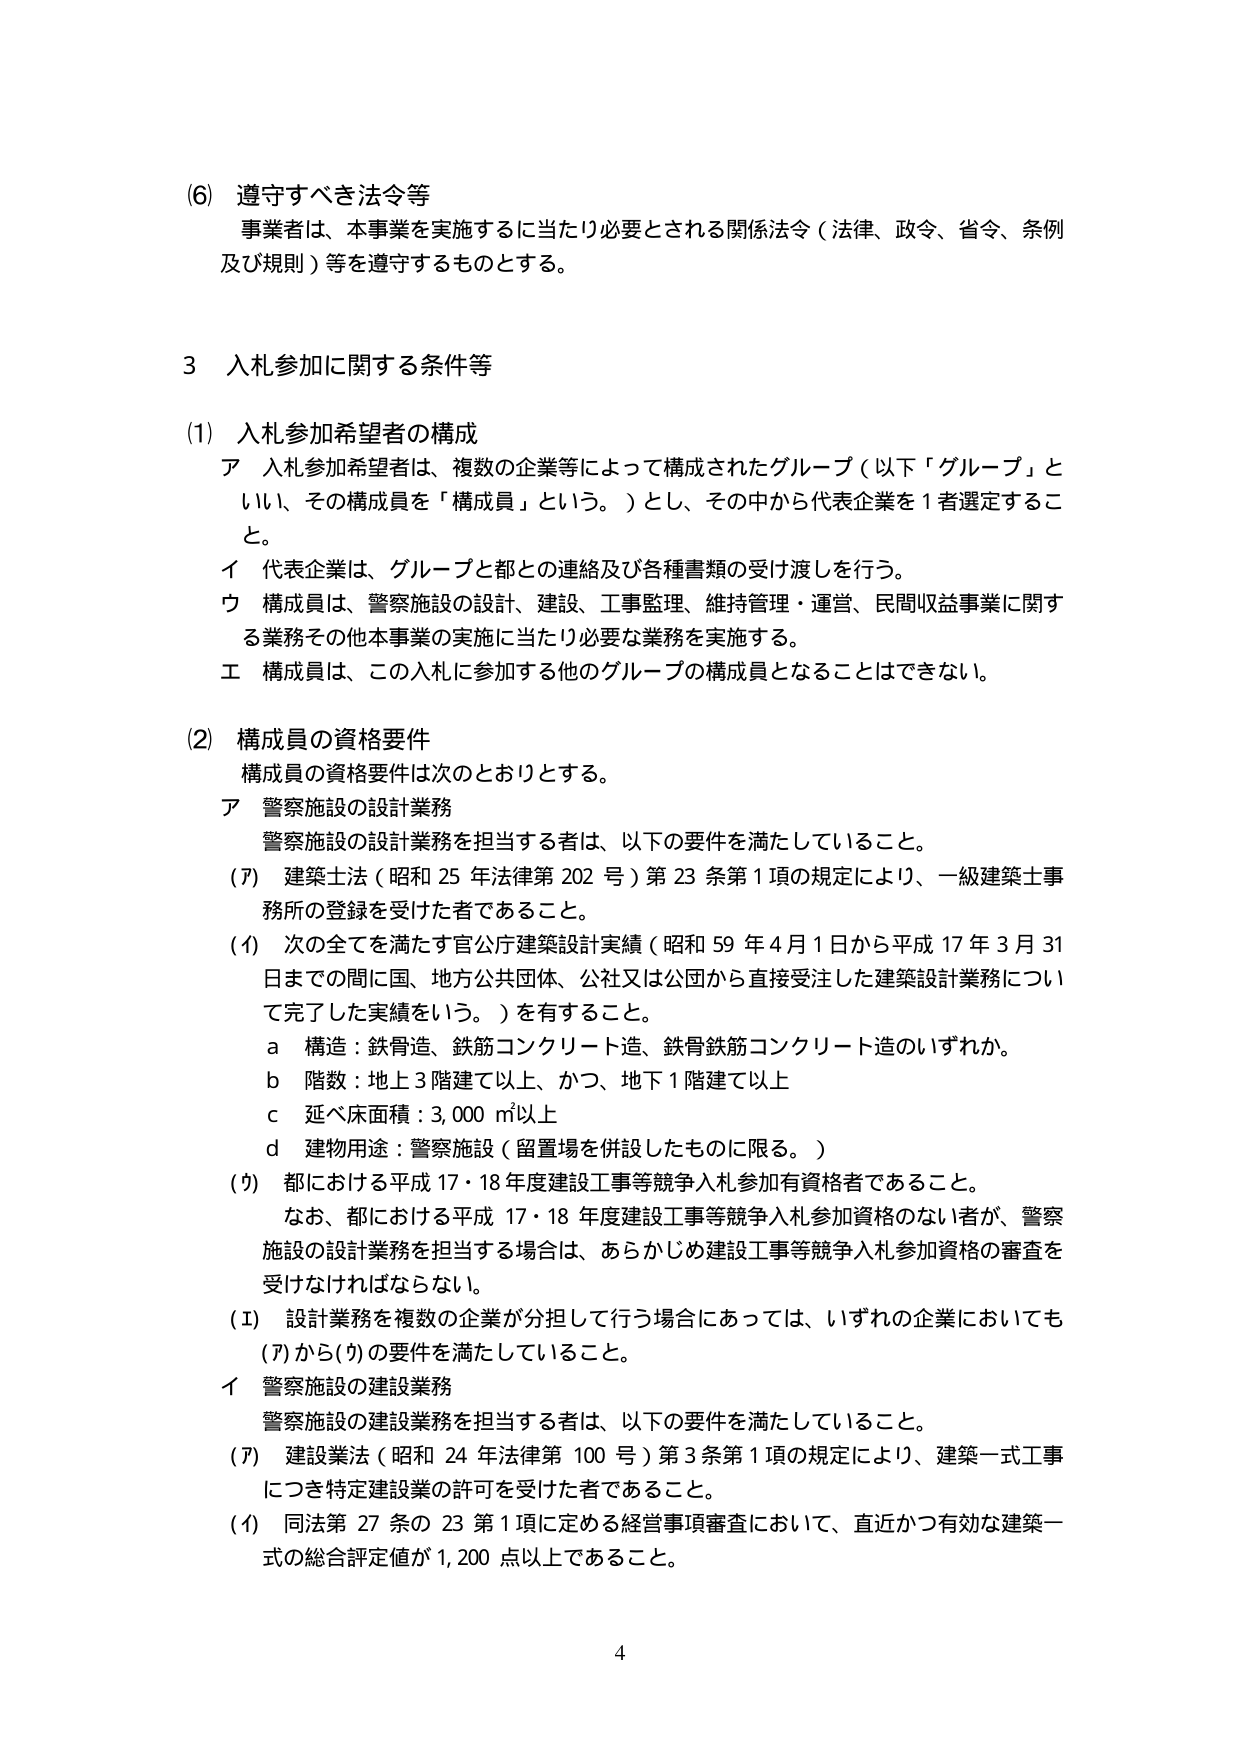
(6) 遵守すべき法令等
事業者は、本事業を実施するに当たり必要とされる関係法令（法律、政令、省令、条例及び規則）等を遵守するものとする。

3 入札参加に関する条件等

(1) 入札参加希望者の構成
ア 入札参加希望者は、複数の企業等によって構成されたグループ（以下「グループ」といい、その構成員を「構成員」という。）とし、その中から代表企業を1者選定すること。
イ 代表企業は、グループと都との連絡及び各種書類の受け渡しを行う。
ウ 構成員は、警察施設の設計、建設、工事監理、維持管理・運営、民間収益事業に関する業務その他本事業の実施に当たり必要な業務を実施する。
エ 構成員は、この入札に参加する他のグループの構成員となることはできない。

(2) 構成員の資格要件
構成員の資格要件は次のとおりとする。
ア 警察施設の設計業務
警察施設の設計業務を担当する者は、以下の要件を満たしていること。
(ｱ) 建築士法（昭和25年法律第202号）第23条第1項の規定により、一級建築士事務所の登録を受けた者であること。
(ｲ) 次の全てを満たす官公庁建築設計実績（昭和59年4月1日から平成17年3月31日までの間に国、地方公共団体、公社又は公団から直接受注した建築設計業務について完了した実績をいう。）を有すること。
　a 構造：鉄骨造、鉄筋コンクリート造、鉄骨鉄筋コンクリート造のいずれか。
　b 階数：地上3階建て以上、かつ、地下1階建て以上
　c 延べ床面積：3,000㎡以上
　d 建物用途：警察施設（留置場を併設したものに限る。）
(ｳ) 都における平成17・18年度建設工事等競争入札参加有資格者であること。
　なお、都における平成17・18年度建設工事等競争入札参加資格のない者が、警察施設の設計業務を担当する場合は、あらかじめ建設工事等競争入札参加資格の審査を受けなければならない。
(ｴ) 設計業務を複数の企業が分担して行う場合にあっては、いずれの企業においても(ｱ)から(ｳ)の要件を満たしていること。
イ 警察施設の建設業務
警察施設の建設業務を担当する者は、以下の要件を満たしていること。
(ｱ) 建設業法（昭和24年法律第100号）第3条第1項の規定により、建築一式工事につき特定建設業の許可を受けた者であること。
(ｲ) 同法第27条の23第1項に定める経営事項審査において、直近かつ有効な建築一式の総合評定値が1,200点以上であること。

4